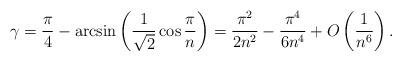
LaTeX: \begin{align*}\gamma = \frac{\pi}{4}-\arcsin\left(\frac{1}{\sqrt{2}}\cos \frac{\pi}{n}\right) = \frac{\pi^2}{2n^2} - \frac{\pi^4}{6n^4} + O\left(\frac{1}{n^6}\right).\end{align*}